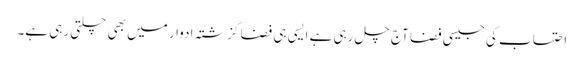
احتساب کی جیسی فضا آج چل رہی ہے ایسی ہی فضا گزشتہ ادوار میں بھی چلتی رہی ہے۔